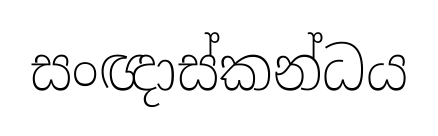
සංඥාස්කන්ධය